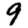
Digit: 9